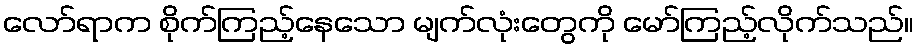
လော်ရာက စိုက်ကြည့်နေသော မျက်လုံးတွေကို မော်ကြည့်လိုက်သည်။